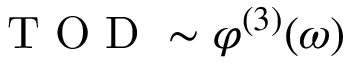
\mathrm { ~ T ~ O ~ D ~ } \sim \varphi ^ { ( 3 ) } ( \omega )